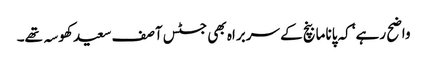
واضح رہے‘ کہ پاناما بنچ کے سربراہ بھی جسٹس آصف سعید کھوسہ تھے۔